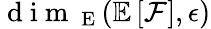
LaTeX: \mathrm{~d~i~m~}_{\mathrm{~E~}}(\mathbb{E}\left[\mathcal{F}\right],\epsilon)